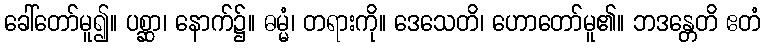
ခေါ်တော်မူ၍။ ပစ္ဆာ၊ နောက်၌။ ဓမ္မံ၊ တရားကို။ ဒေသေတိ၊ ဟောတော်မူ၏။ ဘဒန္တေတိ ဧတံ